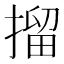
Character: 㨨